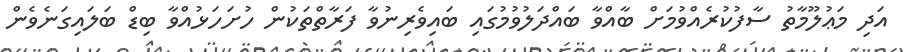
އަދި މަޢުލޫމާތު ސާފުކުރެއްވުމަށް ބާއްވާ ބައްދަލުވުމުގައި ބައިވެރިނުވާ ފަރާތްތަކުން ހުށަހަޅުއްވާ ބިޑް ބަލައިގަނެވެން